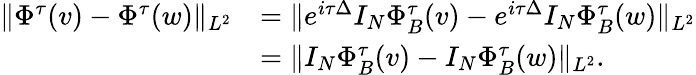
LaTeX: \begin{array}{rl}{\| \Phi^{\tau}(v)-\Phi^{\tau}(w)\| _{L^{2}}}&{=\| e^{i\tau\Delta}I_{N}\Phi_{B}^{\tau}(v)-e^{i\tau\Delta}I_{N}\Phi_{B}^{\tau}(w)\| _{L^{2}}}\\ &{=\| I_{N}\Phi_{B}^{\tau}(v)-I_{N}\Phi_{B}^{\tau}(w)\| _{L^{2}}.}\end{array}